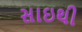
સાઇથી